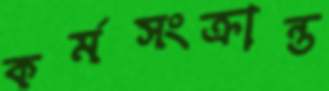
কর্মসংক্রান্ত